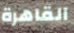
القاهرة